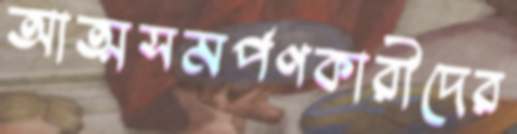
আত্মসমর্পণকারীদের